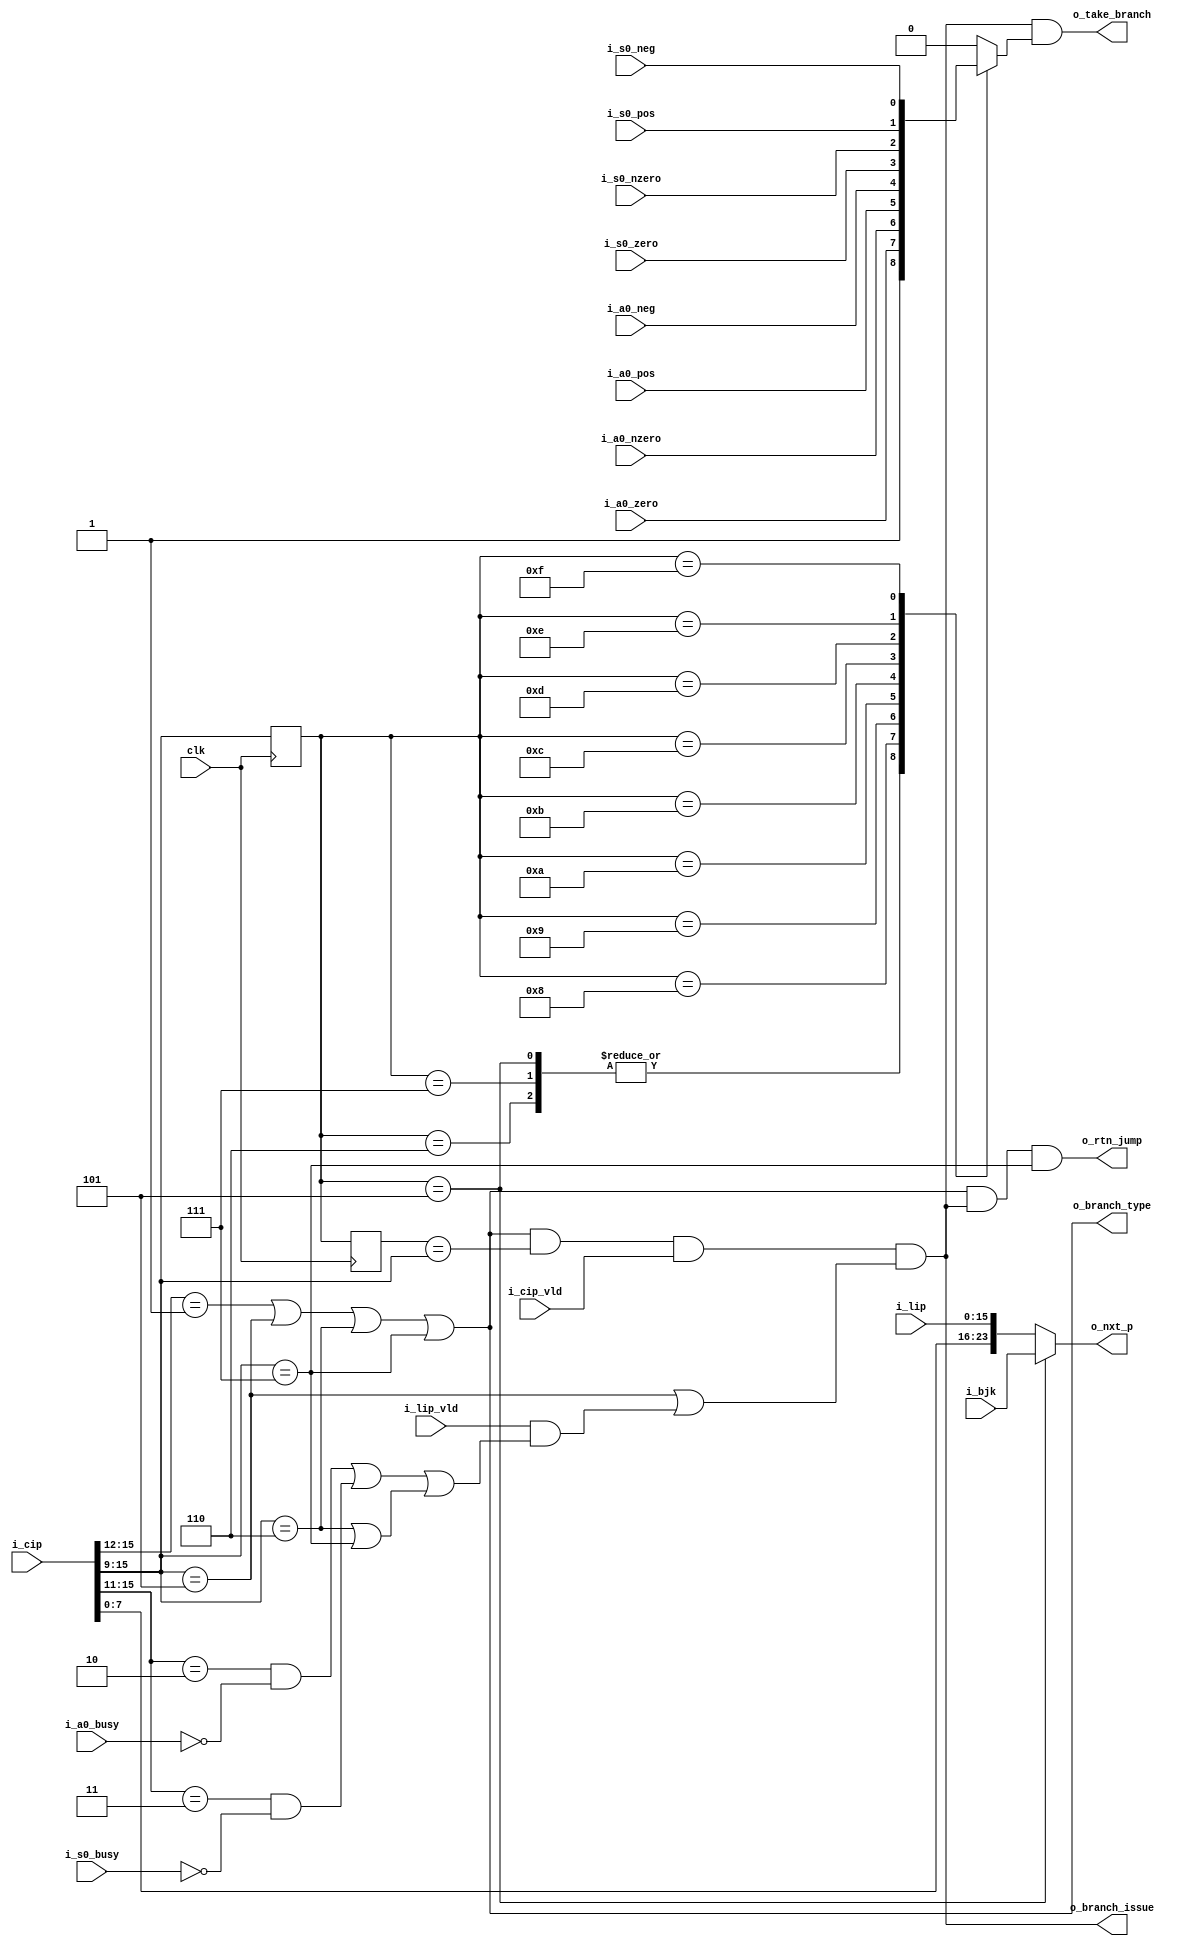
module brancher(clk,
                i_cip,
					 i_cip_vld,
					 i_lip,
					 i_lip_vld,
					 i_a0_neg,
					 i_a0_pos,
					 i_a0_zero,
					 i_a0_nzero,
					 i_a0_busy,
					 i_s0_neg,
					 i_s0_pos,
					 i_s0_zero,
					 i_s0_nzero,
					 i_s0_busy,
					 i_bjk,
					 o_branch_type,
					 o_branch_issue,
					 o_take_branch,
					 o_rtn_jump,
					 o_nxt_p);
					 
input wire        clk;
input wire [15:0] i_cip;
input wire        i_cip_vld;
input wire [15:0] i_lip;
input wire        i_lip_vld;
input wire        i_a0_neg;
input wire        i_a0_pos;
input wire        i_a0_zero;
input wire        i_a0_nzero;
input wire        i_a0_busy;
input wire        i_s0_neg;
input wire        i_s0_pos;
input wire        i_s0_zero;
input wire        i_s0_nzero;
input wire        i_s0_busy;
input wire [23:0] i_bjk;
output wire       o_branch_type;
output wire       o_branch_issue;
output wire       o_rtn_jump;
output wire       o_take_branch;
output wire[23:0] o_nxt_p;



reg [6:0]   instr;
reg [6:0]   instr2;
reg         branch_condition;
wire [24:0] ijkm;
wire        delay;

//detect if it's a branch instruction
assign o_branch_type = (i_cip[15:12]==4'b0001) | (i_cip[15:9]==7'o005) | (i_cip[15:9]==7'o006) | (i_cip[15:9]==7'o007);

assign o_branch_issue = o_branch_type && delay && i_cip_vld && ((i_cip[15:9]==7'o005) || (i_lip_vld && (((i_cip[15:11]==5'b00010) && !i_a0_busy) || ((i_cip[15:11]==5'b00011) && !i_s0_busy) || ((i_cip[15:9]==7'o006) || (i_cip[15:9]==7'o007)))));
assign o_take_branch  = o_branch_issue && branch_condition;

assign o_rtn_jump = o_branch_type && o_branch_issue && (i_cip[15:9]==7'o007);

assign o_nxt_p = (instr==7'o005) ? i_bjk : ijkm[23:0]; //branch to (Bjk) or ijkm, depending on the instruction

assign ijkm = {i_cip[8:0],i_lip};   //this is a 25-bit field - the lower 24 bits are the address that we branch to


//This is another one of those weird timing things. For some reason,
// all branch instructions take 5 clock cycles to execute. I'm really
// not sure what it's doing during that time, but whatever, I didn't
// design it. This delay makes the 'instruction issue' part of the
// branch take 5 clock cycles.
assign delay=(instr2==i_cip[15:9]);  //just tells us that i_cip has been stalled for 1 cycle

always@(posedge clk)
begin
   instr <= i_cip[15:9];
	instr2 <= instr;
end



//Should we actually branch?
always@*
   case(instr) 
	   7'o005: branch_condition = 1'b1;       //branch to (Bjk)
		7'o006: branch_condition = 1'b1;       //branch to low 24 bits of ijkm
		7'o007: branch_condition = 1'b1;       //Return Jump to low 24 bits of ijkm; Set B00=P
		7'o010: branch_condition = i_a0_zero;  //branch to ijkm if (A0)==0
		7'o011: branch_condition = i_a0_nzero; //branch to ijkm if (A0)!=0
		7'o012: branch_condition = i_a0_pos;   //branch to ijkm if (A0) positive
		7'o013: branch_condition = i_a0_neg;   //branch to ijkm if (A0) negative
		7'o014: branch_condition = i_s0_zero;  //branch to ijkm if (S0)==0
		7'o015: branch_condition = i_s0_nzero; //branch to ijkm if (S0)!=0
		7'o016: branch_condition = i_s0_pos;   //branch to ijkm if (S0) positive
		7'o017: branch_condition = i_s0_neg;   //branch to ijkm if (S0) negative
		default: branch_condition = 1'b0;
	endcase
	
	
	
endmodule